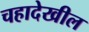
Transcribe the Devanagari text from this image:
चहादेखील